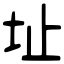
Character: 址